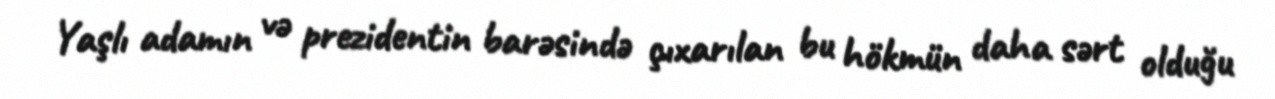
Yaşlı adamın və prezidentin barəsində çıxarılan bu hökmün daha sərt olduğu